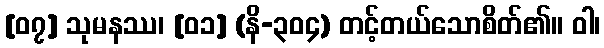
[၀၇] သုမနဿ၊ [၀၁] (နိ-၃၀၄) တင့်တယ်သောစိတ်၏။ ဝါ၊